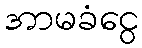
အာမခံငွေ